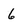
Character: 6